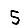
Digit: 5